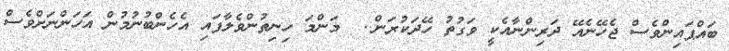
ބައްޕައިންވެސް ޖެހޭނެއޭ ދަރިންނާއެކީ ވަގުތު ހޭދަކުރަން..  މަންމަ ހިނިތުންވެލާފައި އެހެންބުނުމުން އަހަންނަށްވެސް